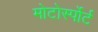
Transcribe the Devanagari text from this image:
मोटोर्स्पोर्ट